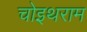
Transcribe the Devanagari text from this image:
चोइथराम